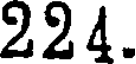
224.